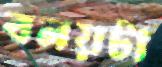
বলয়টা